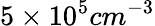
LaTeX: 5\times 10^{5}cm^{-3}